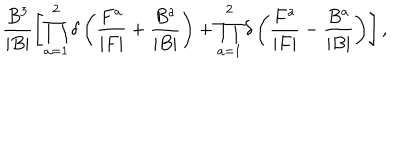
\frac { B ^ { 3 } } { | B | } \left[ \prod _ { a = 1 } ^ { 2 } \delta \left( \frac { F ^ { a } } { | F | } + \frac { B ^ { a } } { | B | } \right) + \prod _ { a = 1 } ^ { 2 } \delta \left( \frac { F ^ { a } } { | F | } - \frac { B ^ { a } } { | B | } \right) \right] ,